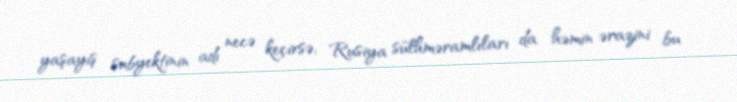
yaşayış subyektinin adı necə keçirsə, Rusiya sülhməramlıları da həmin ərazini bu